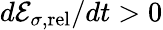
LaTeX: d{\cal E}_{\sigma,\mathrm{rel}}/dt>0